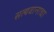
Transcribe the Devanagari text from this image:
सत्यवानाचा